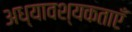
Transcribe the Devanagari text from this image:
अध्यावश्यकताएँ